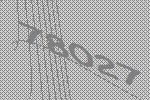
78027